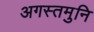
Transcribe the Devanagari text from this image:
अगस्तमुनि